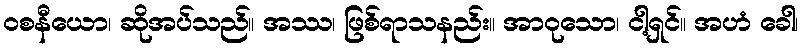
ဝစနီယော၊ ဆိုအပ်သည်။ အဿ၊ ဖြစ်ရာသနည်း။ အာဝုသော၊ ငါ့ရှင်။ အဟံ ခေါ၊